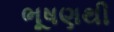
ભૂષણથી